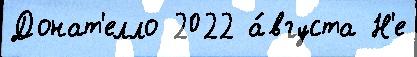
Донат'елло 2022 а́вгуста Н'е